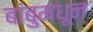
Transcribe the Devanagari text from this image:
बांबुमधून